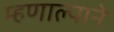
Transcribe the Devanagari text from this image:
म्हणाल्याने